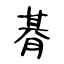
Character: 朞